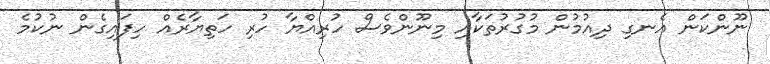
ނޫންކަން އެނގި ދިއުމުން މުގުރުތަކާއި މިނޫންވެސް ހުރިއްޔާ ހުރި ހަތިޔާރެއް ހިފައިގެން ނުކުމެ